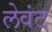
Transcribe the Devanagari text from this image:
लेवंट